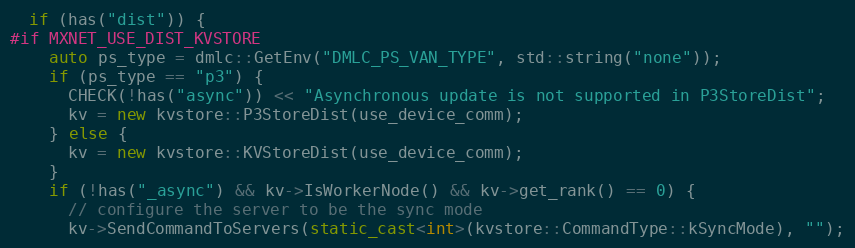
Language: C++
  if (has("dist")) {
#if MXNET_USE_DIST_KVSTORE
    auto ps_type = dmlc::GetEnv("DMLC_PS_VAN_TYPE", std::string("none"));
    if (ps_type == "p3") {
      CHECK(!has("async")) << "Asynchronous update is not supported in P3StoreDist";
      kv = new kvstore::P3StoreDist(use_device_comm);
    } else {
      kv = new kvstore::KVStoreDist(use_device_comm);
    }
    if (!has("_async") && kv->IsWorkerNode() && kv->get_rank() == 0) {
      // configure the server to be the sync mode
      kv->SendCommandToServers(static_cast<int>(kvstore::CommandType::kSyncMode), "");